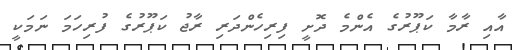
އާއި ރާމާ ކަޕޫރުގެ އެންމެ ދޮށީ ފިރިހެންދަރި ރާޖު ކަޕޫރުގެ ފުރިހަމަ ނަމަކީ